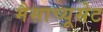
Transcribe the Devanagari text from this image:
मैसाच्यूसेट